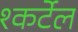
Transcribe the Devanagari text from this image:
श्कर्टेल